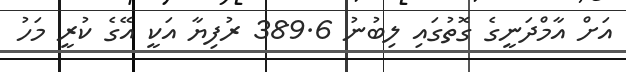
އަށް އާމްދަނީގެ ގޮތުގައި ލިބުނު 389.6 ރުފިޔާ އަކީ އޭގެ ކުރީ މަހު